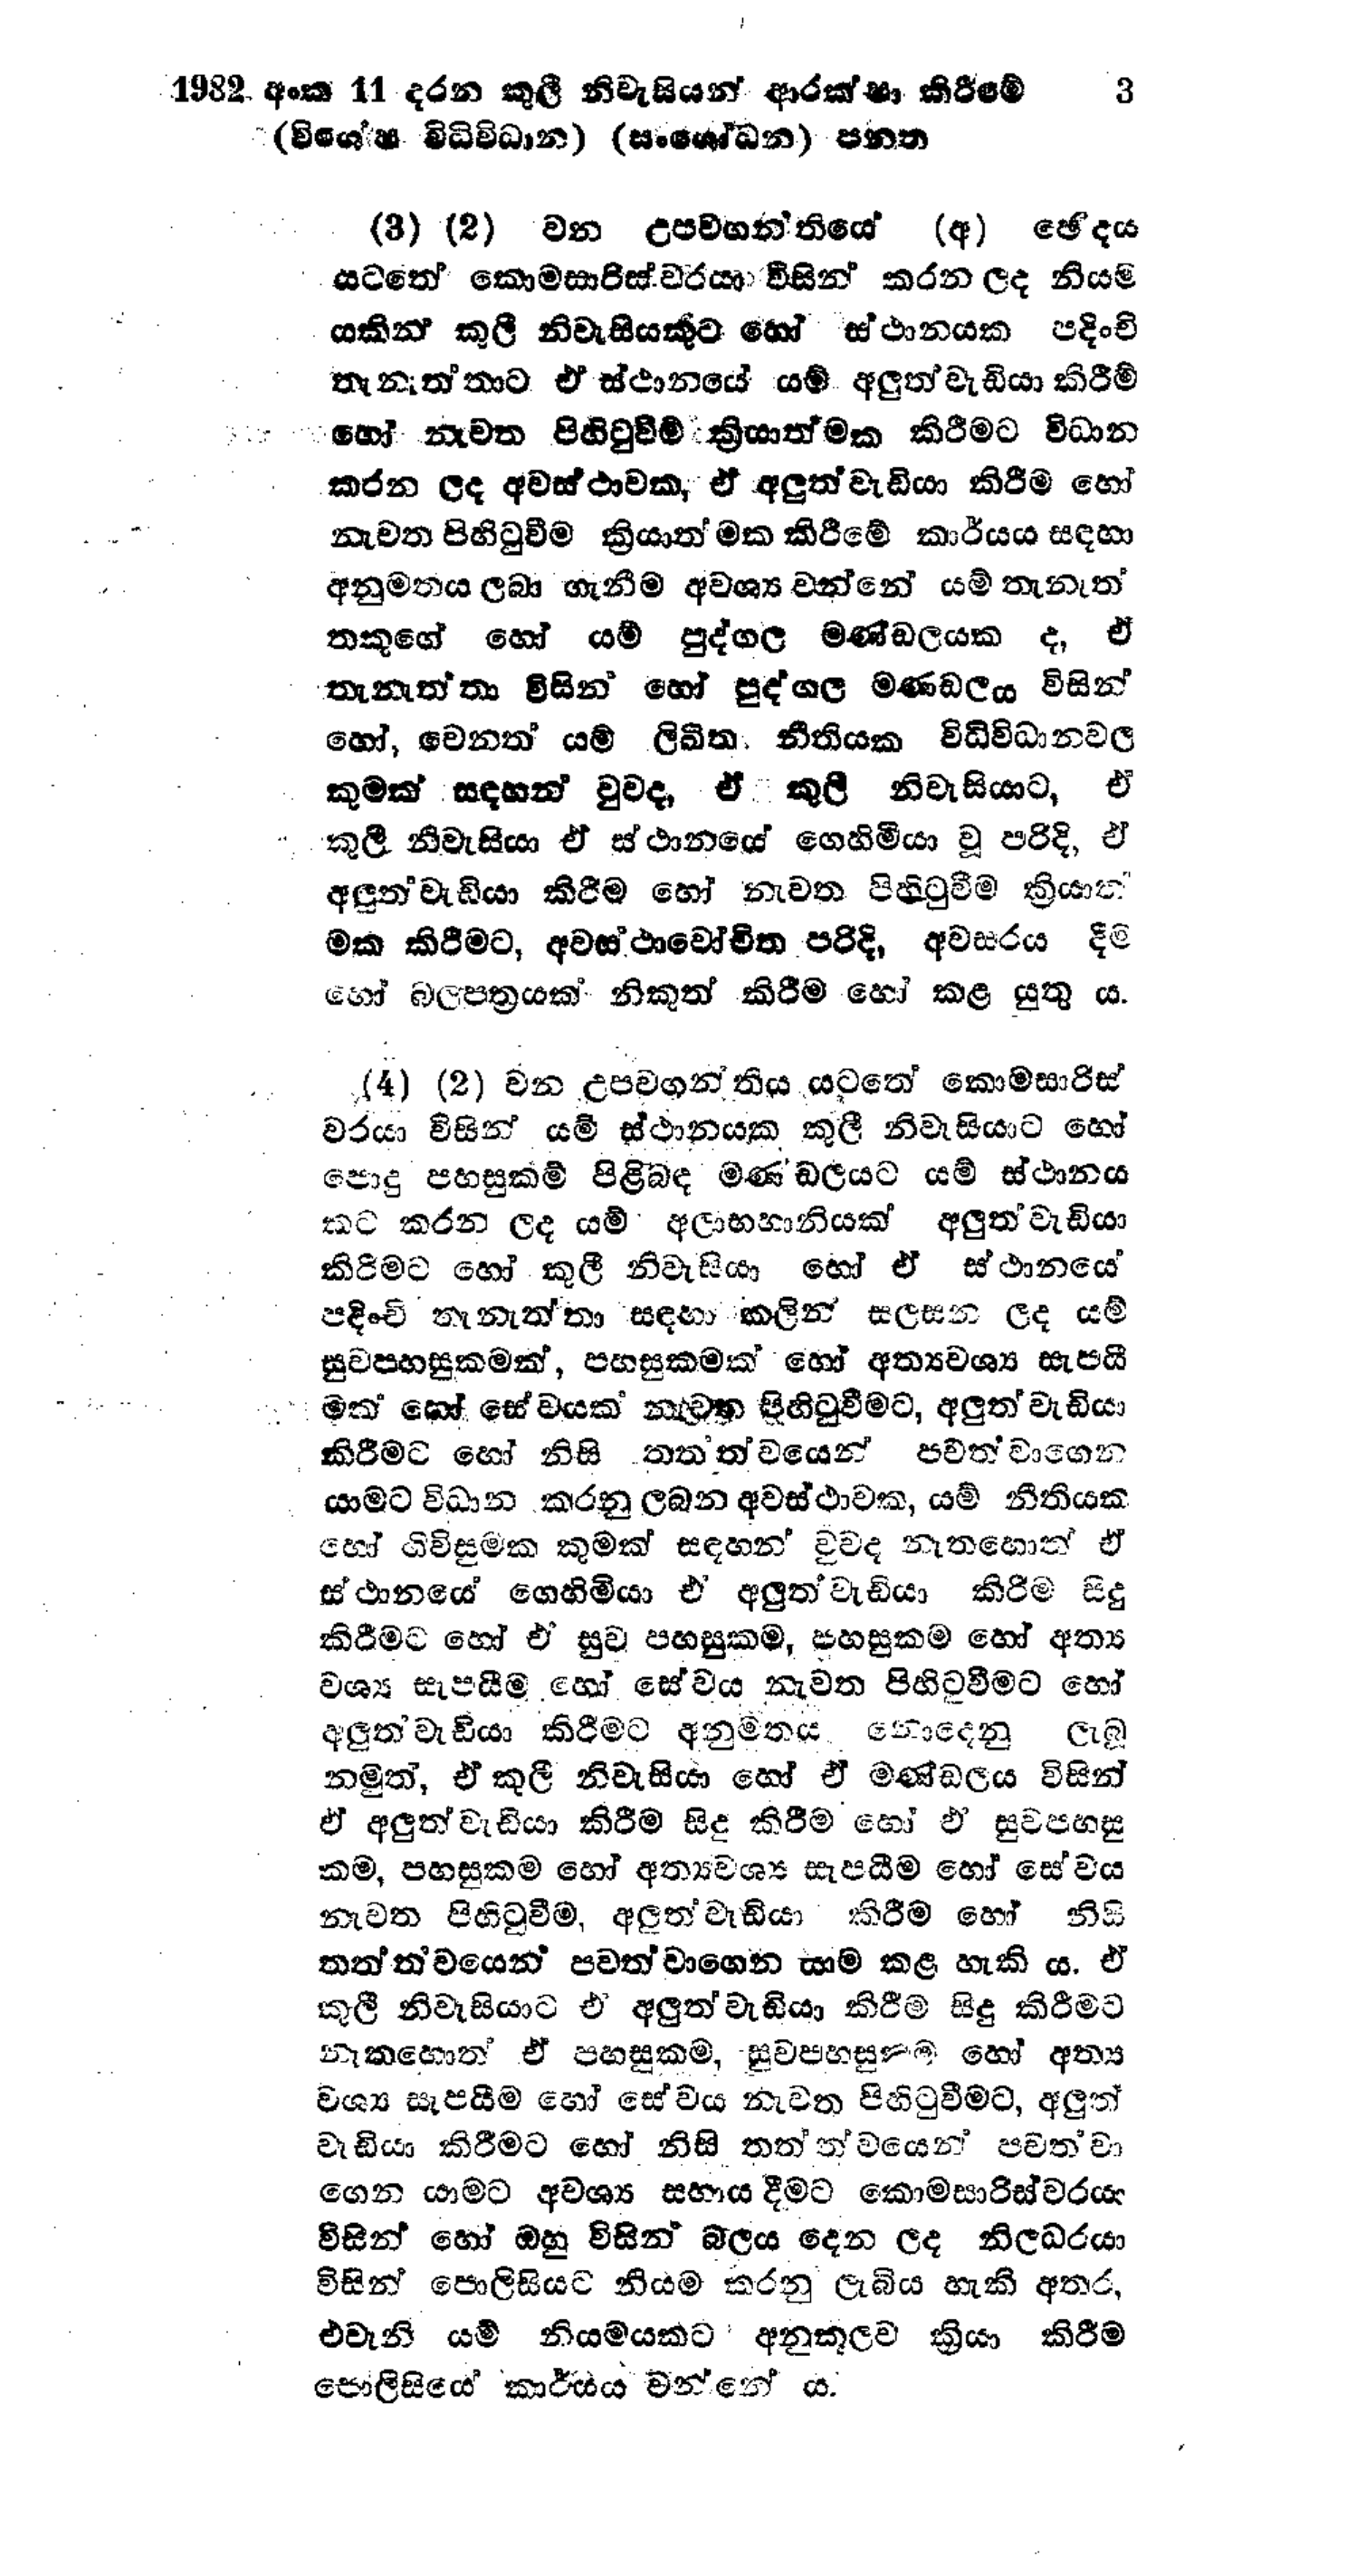
1982 අංක 11 දරන කුලී නිවැසියන් ආරක්ෂා කිරීමේ  3
(විශේෂ විධිවිධාන) (සංශෝධන) පනත

(3) (2) වන උප වගන්තියේ (අ) ඡේදය
යටතේ කොමසාරිස්වරයා විසින් කරන ලද නියම
යකින් කුලී නිවැසියකුට හෝ ස්ථානයක පදිංචි
තැනැත්තාට ඒ ස්ථානයේ යම් අලුත්වැඩියා කිරීම්
හෝ නැවත පිහිටුවීම් ක්‍රියාත්මක කිරීමට විධාන
කරන ලද අවස්ථාවක, ඒ අලුත්වැඩියා කිරීම හෝ
නැවත පිහිටුවීම ක්‍රියාත්මක කිරීමේ කාර්යය සඳහා
අනුමතය ලබා ගැනීම අවශ්‍ය වන්නේ යම් තැනැත්
තකුගේ හෝ යම් පුද්ගල මණ්ඩලයක ද, ඒ
තැනැත්තා විසින් හෝ පුද්ගල මණ්ඩලය විසින්
හෝ, වෙනත් යම් ලිඛිත නීතියක විධිවිධානවල
කුමක් සඳහන් වුව ද, ඒ කුලී නිවැසියාට, ඒ
කුලී නිවැසියා ඒ ස්ථානයේ ගෙහිමියා වූ පරිදි, ඒ
අලුත් වැඩියා කිරීම හෝ නැවත පිහිටුවීම ක්‍රියාත්
මක කිරීමට, අවස්ථාවෝචිත පරිදි, අවසරය දීම
හෝ බලපත්‍රයක් නිකුත් කිරීම හෝ කළ යුතු ය.

(4) (2) වන උපවගන්තිය යටතේ කොමසාරිස්
වරයා විසින් යම් ස්ථානයක කුලී නිවැසියාට හෝ
පොදු පහසුකම් පිළිබඳ මණඩලයට යම් ස්ථානය
කට කරන ලද යම් අලාභහානියක් අලුත් වැඩියා
කිරීමට හෝ කුලී නිවැසියා හෝ ඒ ස්ථානයේ
පදිංචි තැනැත්තා සඳහා කලින් සලසන ලද යම්
සුව පහසුකමක්, පහසුකමක් හෝ අත්‍යවශ්‍ය සැපයී
මක් හෝ සේවයක් නැවත පිහිටුවීමට, අලුත් වැඩියා
කිරීමට හෝ නිසි තත්ත්වයෙන් පවත්වාගෙන
යාමට විධාන කරනු ලබන අවස්ථාවක, යම් නීතියක
හෝ ගිවිසුමක කුමක් සඳහන් වුව ද නැතහොත් ඒ
ස්ථානයේ ගෙහිමියා ඒ අලුත්වැඩියා කිරීම සිදු
කිරීමට හෝ ඒ සුව පහසුකම, පහසුකම හෝ අත්‍ය
වශ්‍ය සැපයීම හෝ සේවය නැවත පිහිටුවීමට හෝ
අලුත් වැඩියා කිරීමට අනුමතය නොදෙනු ලැබූ
නමුත්, ඒ කුලී නිවැසියා හෝ ඒ මණ්ඩලය විසින්
ඒ අලුත් වැඩියා කිරීම සිදු කිරීම හෝ ඒ සුවපහසු
කම, පහසුකම හෝ අත්‍යවශ්‍ය සැපයීම හෝ සේවය
නැවත පිහිටුවීම, අලුත් වැඩියා කිරීම හෝ නිසි
තත්ත්වයෙන් පවත්වාගෙන යාම කළ හැකි ය. ඒ
කුලී නිවැසියාට ඒ අලුත් වැඩියා කිරීම සිදු කිරීමට
නැතහොත් ඒ පහසුකම, සුවපහසුකම හෝ අත්‍ය
වශ්‍ය සැපයීම හෝ සේවය නැවත පිහිටුවීමට, අලුත්
වැඩියා කිරීමට හෝ නිසි තත්ත්වයෙන් පවත්වා
ගෙන යාමට අවශ්‍ය සහාය දීමට කොමසාරිස්වරයා
විසින් හෝ ඔහු විසින් බලය දෙන ලද නිලධරයා
විසින් පොලිසියට නියම කරනු ලැබිය හැකි අතර,
එවැනි යම් නියමයකට අනුකූලව ක්‍රියා කිරීම
පොලිසියේ කාර්යය වන්නේ ය.